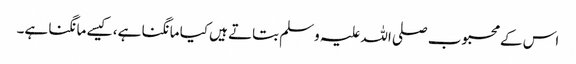
اس کے محبوب صلی اللہ علیہ وسلم بتاتے ہیں کیا مانگنا ہے، کیسے مانگنا ہے۔